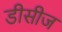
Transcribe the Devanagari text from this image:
डीसीज